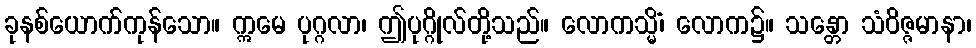
ခုနစ်ယောက်ကုန်သော။ ဣမေ ပုဂ္ဂလာ၊ ဤပုဂ္ဂိုလ်တို့သည်။ လောကသ္မိံ၊ လောက၌။ သန္တော သံဝိဇ္ဇမာနာ၊